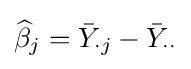
{\widehat {\beta }}_{j}={\bar {Y}}_{\cdot j}-{\bar {Y}}_{\cdot \cdot }